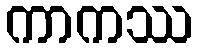
ကာကဿ